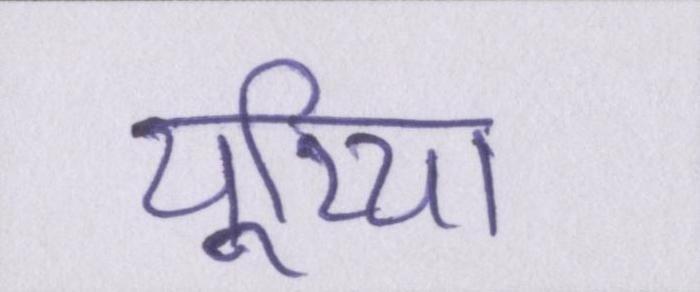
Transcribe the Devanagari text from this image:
यूरिया